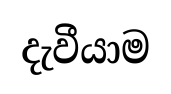
දැවීයාම